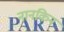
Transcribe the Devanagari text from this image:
नानकिन